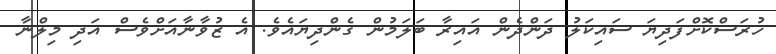
ހުރަސްކޮށްފަދިޔަ ސައިކަލު ދަންދެން އައިރާ ބަލަމުން ގެންދިޔައެވެ. އެ ޒުވާނާއަށްވެސް އަދި މިލްނާ